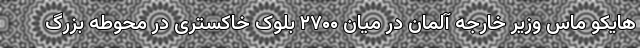
هایکو ماس وزیر خارجه آلمان در میان ۲۷۰۰ بلوک خاکستری در محوطه بزرگ